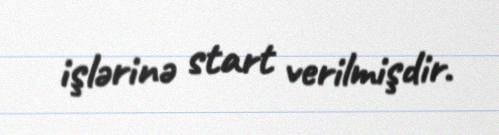
işlərinə start verilmişdir.